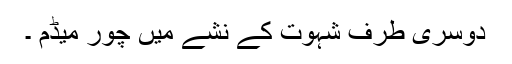
دوسری طرف شہوت کے نشے میں چُور میڈم ۔